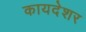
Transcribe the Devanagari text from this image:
कायदेशर